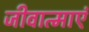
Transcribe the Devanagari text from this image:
जीवात्माएं